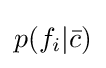
p(f_{i}|{\bar {c}})